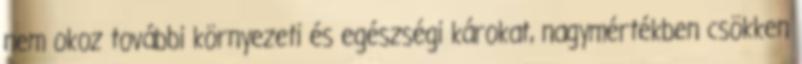
nem okoz további környezeti és egészségi károkat, nagymértékben csökken